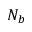
N _ { b }